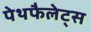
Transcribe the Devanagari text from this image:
पेथफैलेट्स